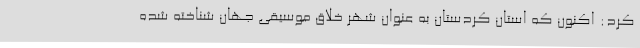
کرد: اکنون که استان کردستان به عنوان شهر خلاق موسیقی جهان شناخته شده